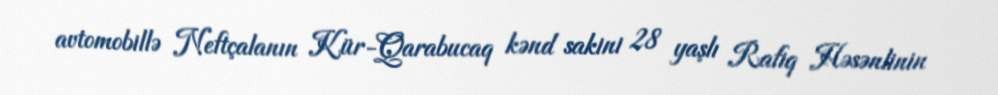
avtomobillə Neftçalanın Kür-Qarabucaq kənd sakini 28 yaşlı Rafiq Həsənlinin